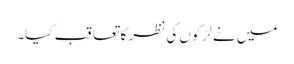
میں نے لڑکوں کی نظر کا تعاقب کیا۔